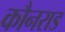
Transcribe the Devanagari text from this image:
कौनराड